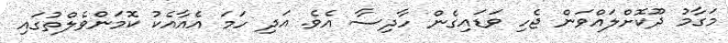
މަގާމު ދޫކޮށްލައްވަން ޖެހި ވަޑައިގެން ހާދިސާ އެވެ. އަދި ހަމަ އެއާއެކު ކޮމަންވެލްތުގައި